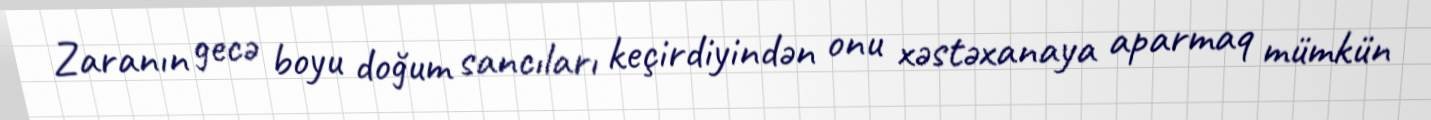
Zaranın gecə boyu doğum sancıları keçirdiyindən onu xəstəxanaya aparmaq mümkün